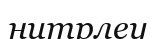
нитрлеу